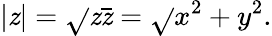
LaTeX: |\mathit{z}|={\sqrt{}{{\mathit{z}{\bar{{\mathit{z}}}}}}}={\sqrt{}{{x^{2}+y^{2}}}}.